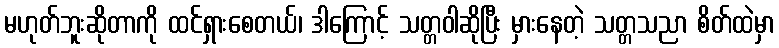
မဟုတ်ဘူးဆိုတာကို ထင်ရှားစေတယ်၊ ဒါကြောင့် သတ္တဝါဆိုပြီး မှားနေတဲ့ သတ္တသညာ စိတ်ထဲမှာ